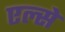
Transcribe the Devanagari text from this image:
एल्से